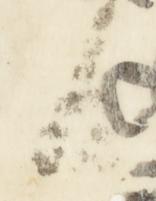
日